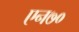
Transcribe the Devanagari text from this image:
एन७०